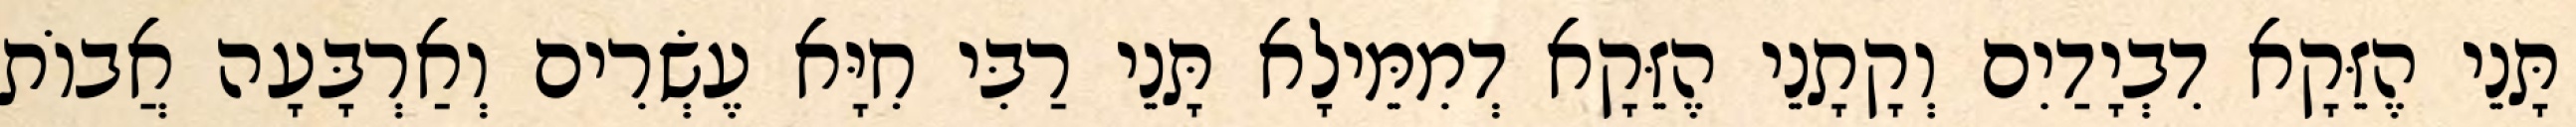
תָּנֵי הֶזֵּקָא דִבְיָדַיִם וְקָתָנֵי הֶזֵּקָא דְמִמֵּילָא תָּנֵי רַבִּי חִיָּא עֶשְׂרִים וְאַרְבָּעָה אֲבוֹת